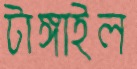
টাঙ্গাইল